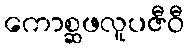
ကောစ္ဆဖလူပဇီဝီ